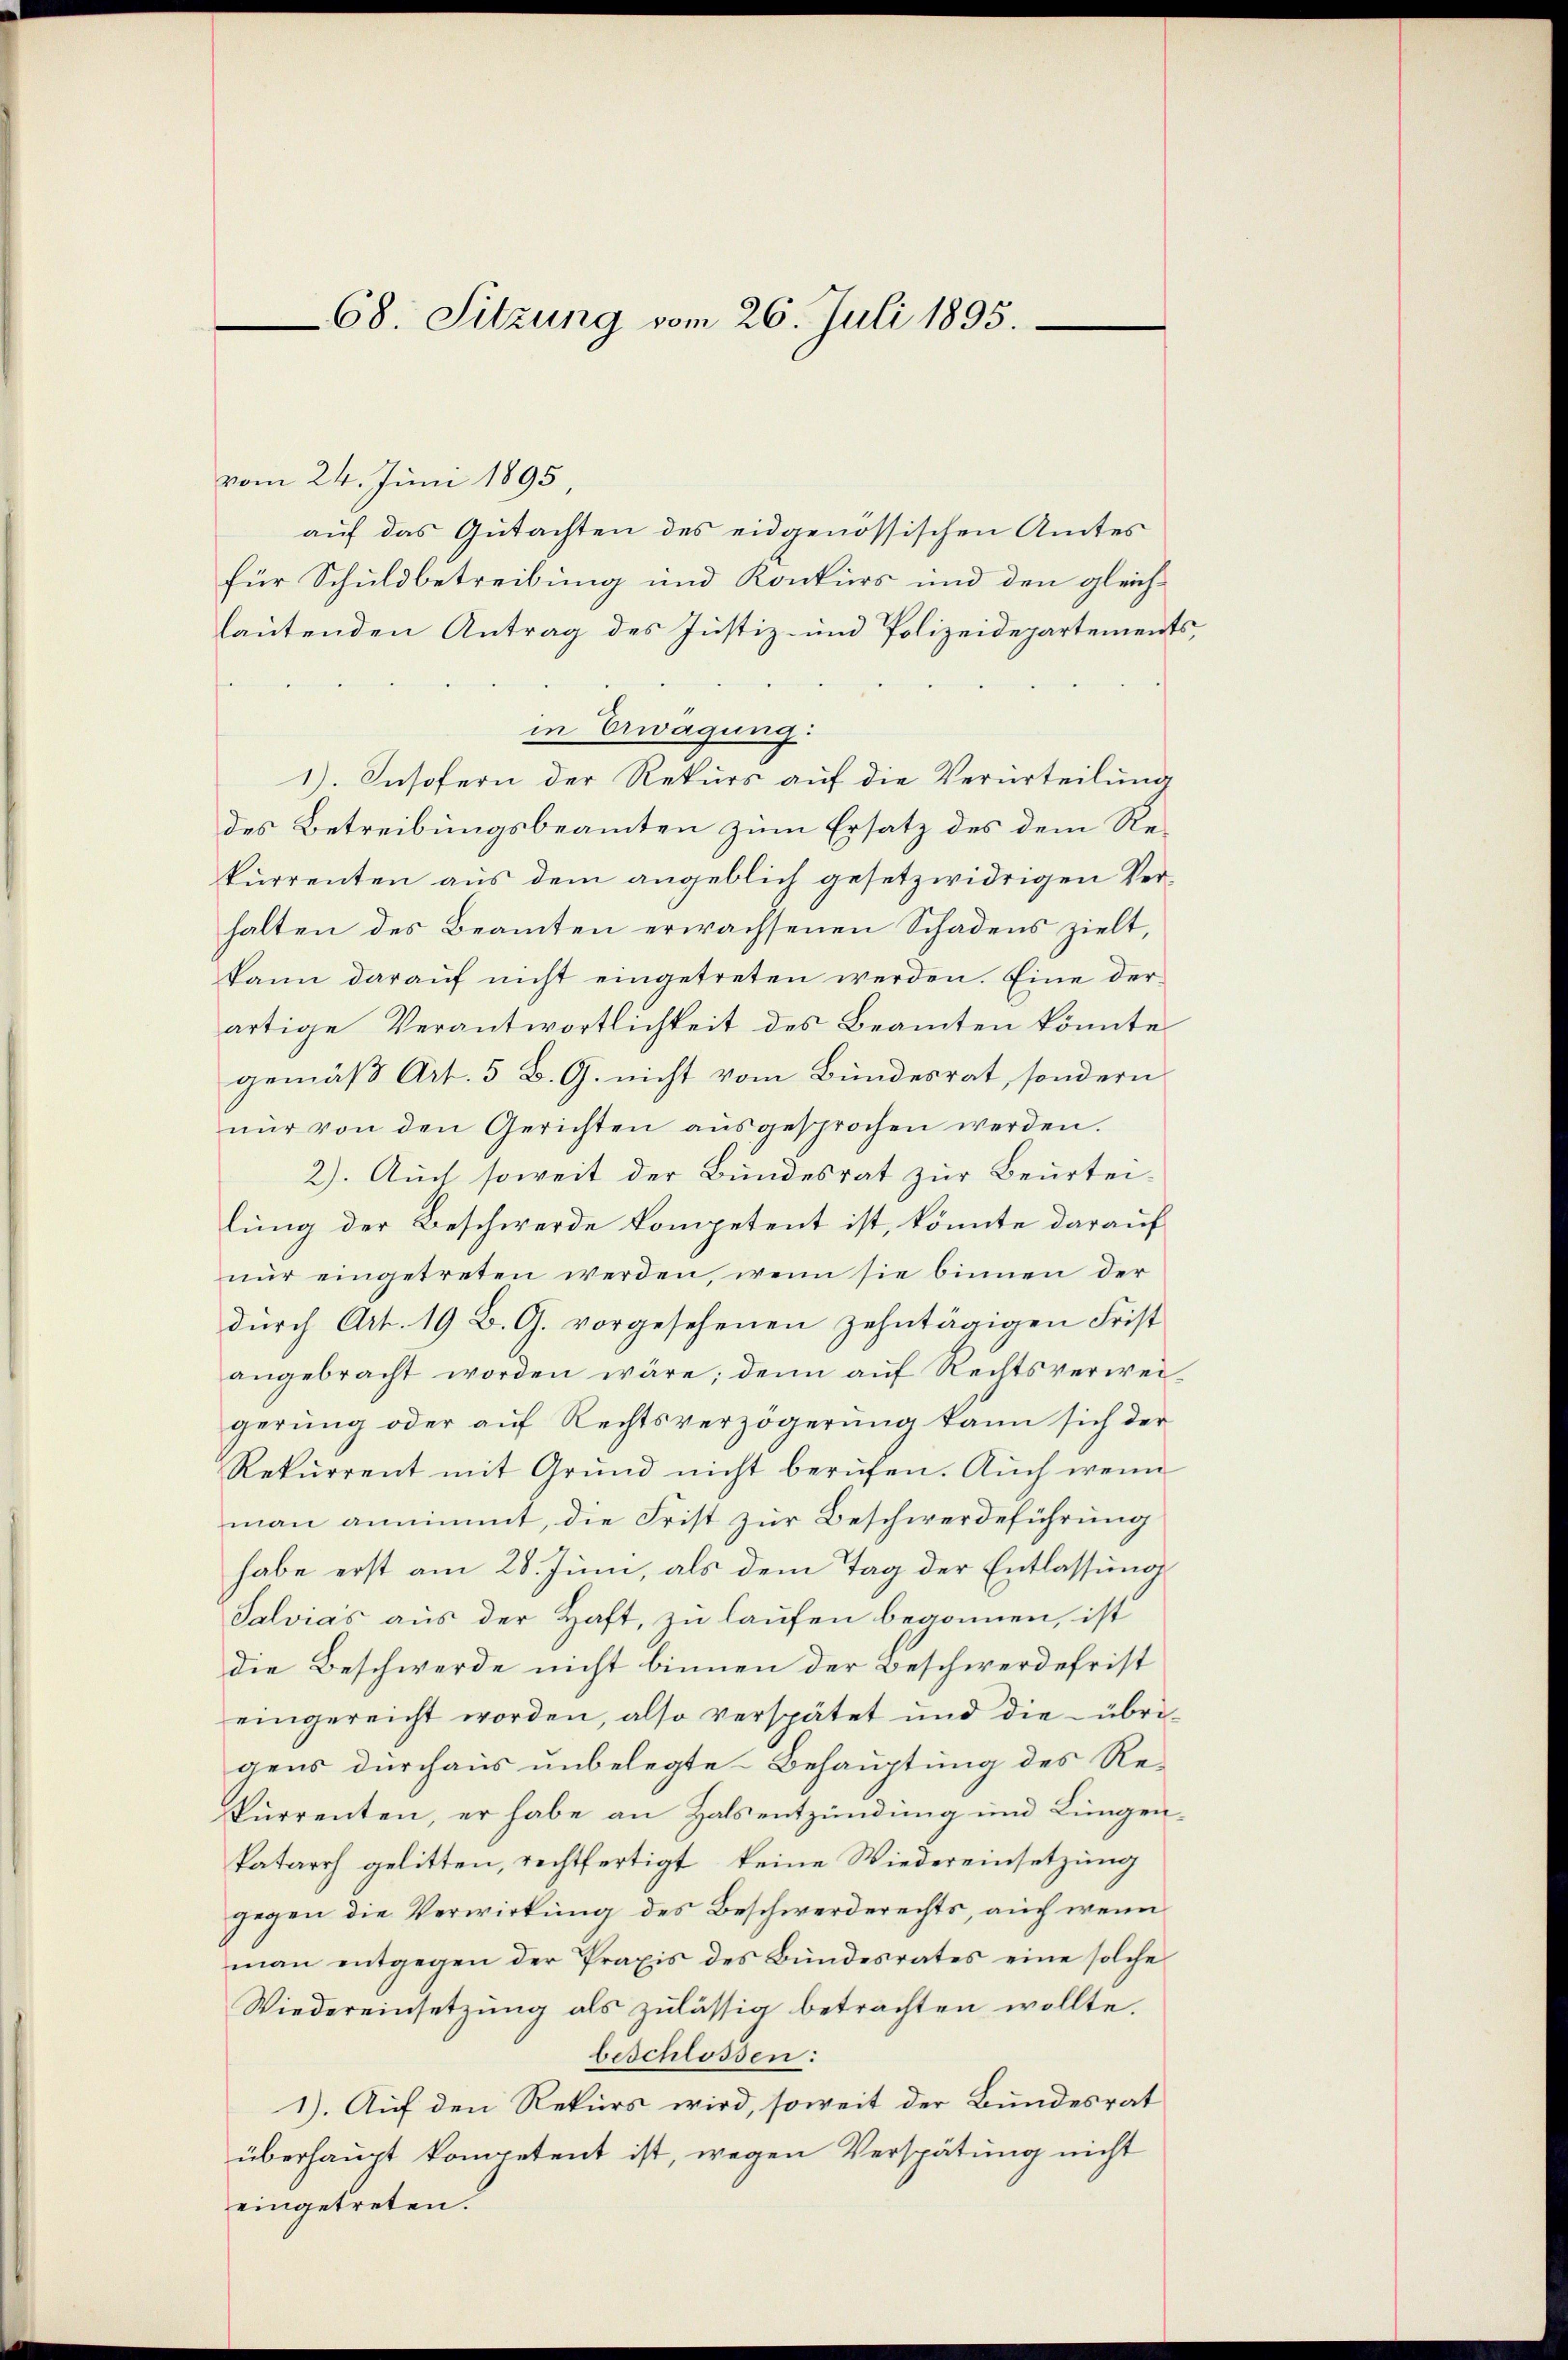
68. Sitzung vom 26. Juli 1895.

vom 24. Juni 1895,
auf das Gutachten des eidgenössischen Amtes
für Schuldbetreibung und Konkurs und den gleich-
lautenden Antrag des Justiz- und Polizeidepartements,
in Erwägung:
1). Insofern der Rekurs auf die Verurteilung
des Betreibungsbeamten zum Ersatz des dem Rekurrenten aus dem angeblich gesetzwidrigen Verhalten des Beamten erwachsenen Schadens zielt,
kann daraŭf nicht eingetreten werden. Eine der
artige Verantwortlichkeit des Beamten könnte
gemäß Art. 5 B. G. nicht vom Bundesrat, sondern
nŭr von den Gerichten aŭsgesprochen werden.
2). Auch soweit der Bundesrat zur Beurtei-
lung der Beschwerde kompetent ist, könnte darauf
nur eingetreten werden, wenn sie binnen der
dŭrch Art. 19 B. G. vorgesehenen zehntägigen Frist
angebracht worden wäre; denn auf Rechtsverweigerung oder auf Rechtsverzögerung kann sich der
Rekurrent mit Grund nicht berufen. Auch wenn
man annimmt, die Frist zur Beschwerdeführung
habe erst am 28. Juni, als dem Tag der Entlassung
Salvias aus der Haft, zu laufen bekomen, ist
die Beschwerde nicht binnen der Beschwerdefrist
eingereicht worden, also verspätet und die übrigens durchaus unbelegte Behauptung des Re-
kurrenten, er habe an Halsentzündung und Lungenkatarrh gelitten, rechtfertigt, keine Wiedereinsetzung
gegen die Verwirkung des Beschwerderechts, auch wenn
man entgegen der Praxis des Bundesrates eine solche
Wiedereinsetzung als zulässig betrachten wollte.
beschlossen:
1). Auf den Rekurs wird, soweit der Bundesrat
überhaupt kompetent ist, wegen Verspätung nicht
eingetreten.